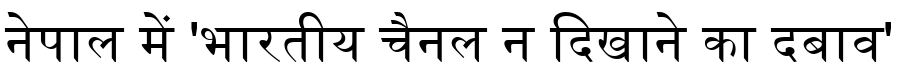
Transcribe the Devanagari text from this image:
नेपाल में 'भारतीय चैनल न दिखाने का दबाव'